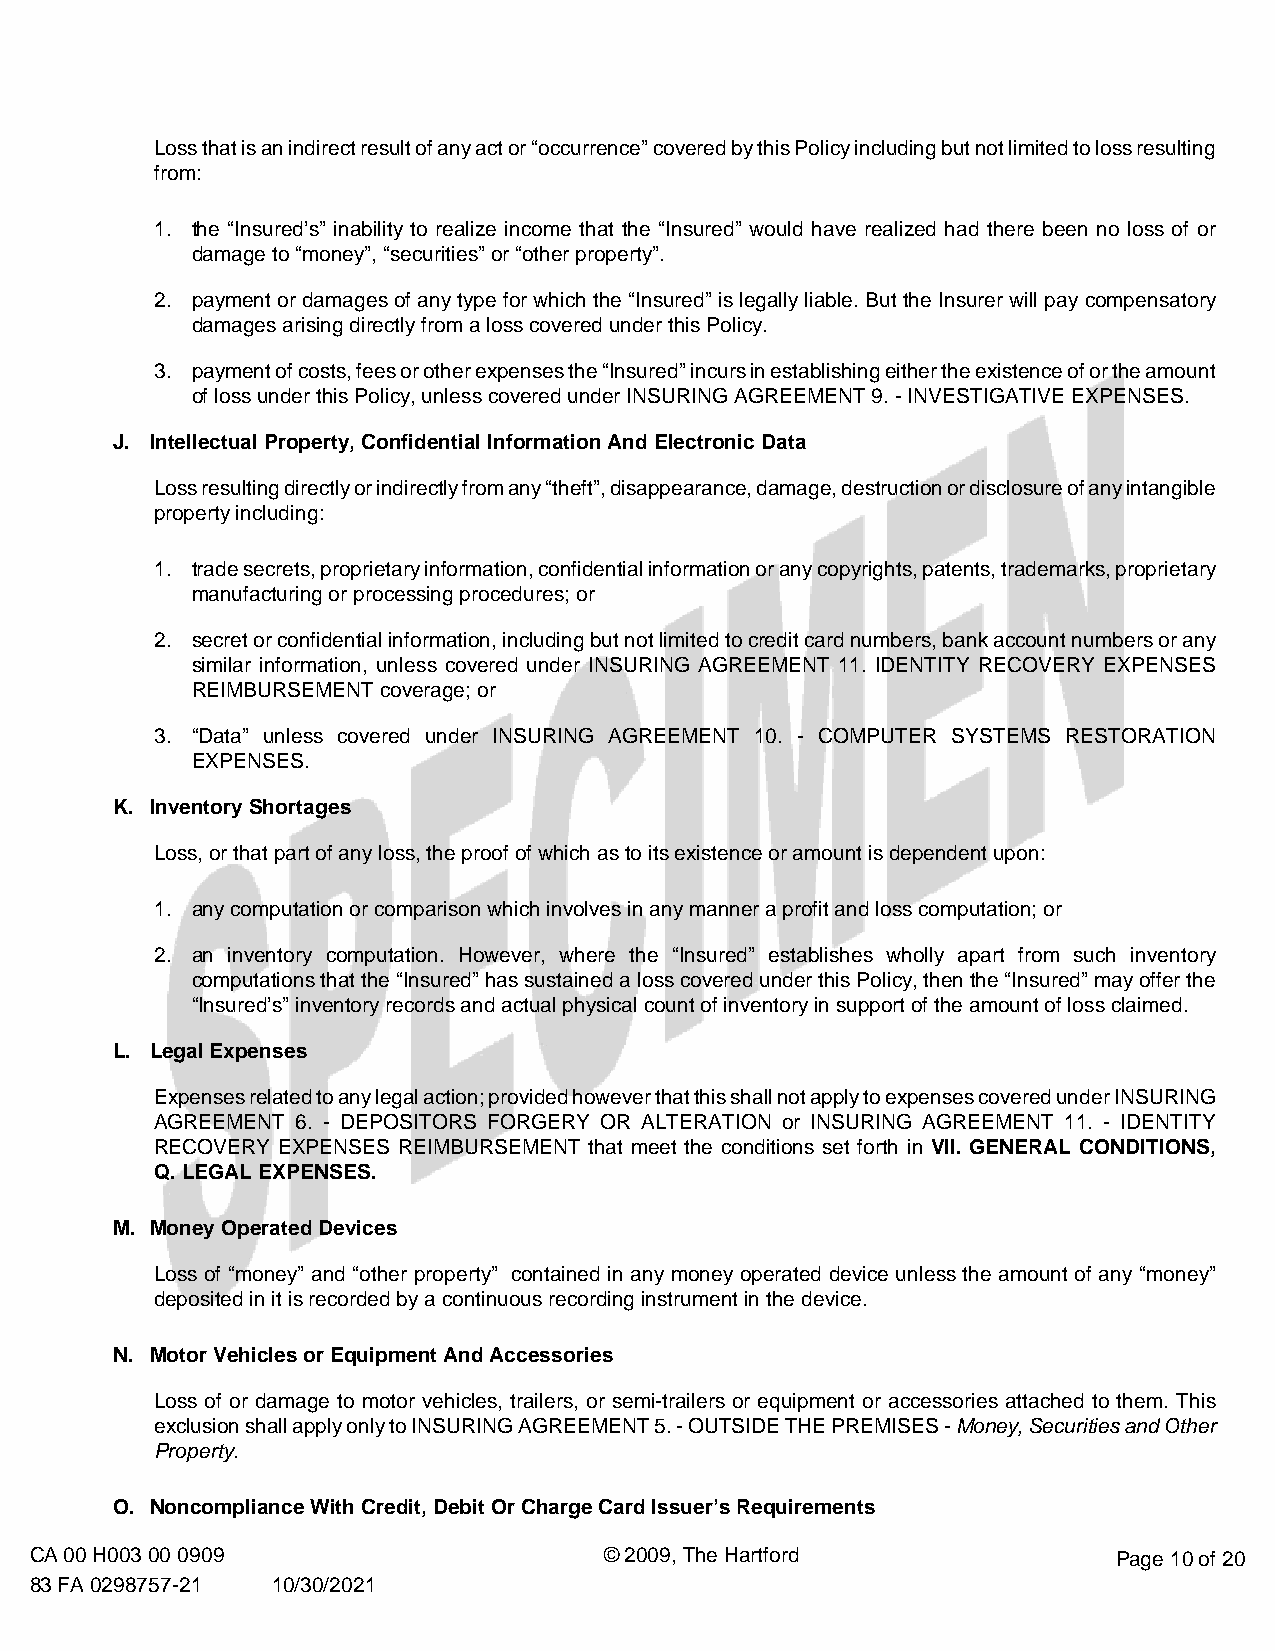
Loss that is an indirect result of any act or “occurrence” covered by this Policy including but not limited to loss resulting
 from:
 1. the “Insured’s” inability to realize income that the “Insured” would have realized had there been no loss of or
 damage to “money”, “securities” or “other property”.
 2. payment or damages of any type for which the “Insured” is legally liable. But the Insurer will pay compensatory
 damages arising directly from a loss covered under this Policy.
 3. payment of costs, fees or other expenses the “Insured” incurs in establishing either the existence of or the amount
 of loss under this Policy, unless covered under INSURING AGREEMENT 9. - INVESTIGATIVE EXPENSES.
 J. Intellectual Property, Confidential Information And Electronic Data
 Loss resulting directly or indirectly from any “theft”, disappearance, damage, destruction or disclosure of any intangible
 property including:
 1. trade secrets, proprietary information, confidential information or any copyrights, patents, trademarks, proprietary
 manufacturing or processing procedures; or
 2. secret or confidential information, including but not limited to credit card numbers, bank account numbers or any
 similar information, unless covered under INSURING AGREEMENT 11. IDENTITY RECOVERY EXPENSES
 REIMBURSEMENT coverage; or
 3. “Data” unless covered under INSURING AGREEMENT 10. - COMPUTER SYSTEMS RESTORATION
 EXPENSES.
 K. Inventory Shortages
 Loss, or that part of any loss, the proof of which as to its existence or amount is dependent upon:
 1. any computation or comparison which involves in any manner a profit and loss computation; or
 2. an inventory computation. However, where the “Insured” establishes wholly apart from such inventory
 computations that the “Insured” has sustained a loss covered under this Policy, then the “Insured” may offer the
 “Insured’s” inventory records and actual physical count of inventory in support of the amount of loss claimed.
 L. Legal Expenses
 Expenses related to any legal action; provided however that this shall not apply to expenses covered under INSURING
 AGREEMENT 6. - DEPOSITORS FORGERY OR ALTERATION or INSURING AGREEMENT 11. - IDENTITY
 RECOVERY EXPENSES REIMBURSEMENT that meet the conditions set forth in VII. GENERAL CONDITIONS,
 Q. LEGAL EXPENSES.
 M. Money Operated Devices
 Loss of “money” and “other property” contained in any money operated device unless the amount of any “money”
 deposited in it is recorded by a continuous recording instrument in the device.
 N. Motor Vehicles or Equipment And Accessories
 Loss of or damage to motor vehicles, trailers, or semi-trailers or equipment or accessories attached to them. This
 exclusion shall apply only to INSURING AGREEMENT 5. - OUTSIDE THE PREMISES - Money, Securities and Other
 Property.
 O. Noncompliance With Credit, Debit Or Charge Card Issuer’s Requirements
 CA 00 H003 00 0909                    © 2009, The Hartford              Page 10 of 20
 83 FA 0298757-21 10/30/2021